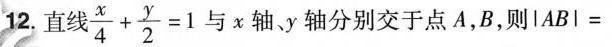
12.直线 $ $ \ f r a c { x } { 4 } + \ f r a c { y } { 2 } = 1 $ $ 与x轴y轴分别交于点A，B，则lABl=